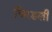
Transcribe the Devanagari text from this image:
चिरडली